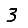
Digit: 3